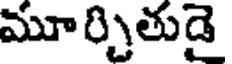
మూర్చితుడై